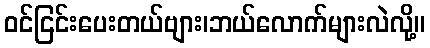
ဝင်ငြင်းပေးတယ်ဗျား၊ဘယ်လောက်များလဲလို့။